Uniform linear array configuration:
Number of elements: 64
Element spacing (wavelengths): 0.5
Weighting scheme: exponential
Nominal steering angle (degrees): -45
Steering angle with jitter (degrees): -43.9
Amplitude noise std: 0.05
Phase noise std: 0.05

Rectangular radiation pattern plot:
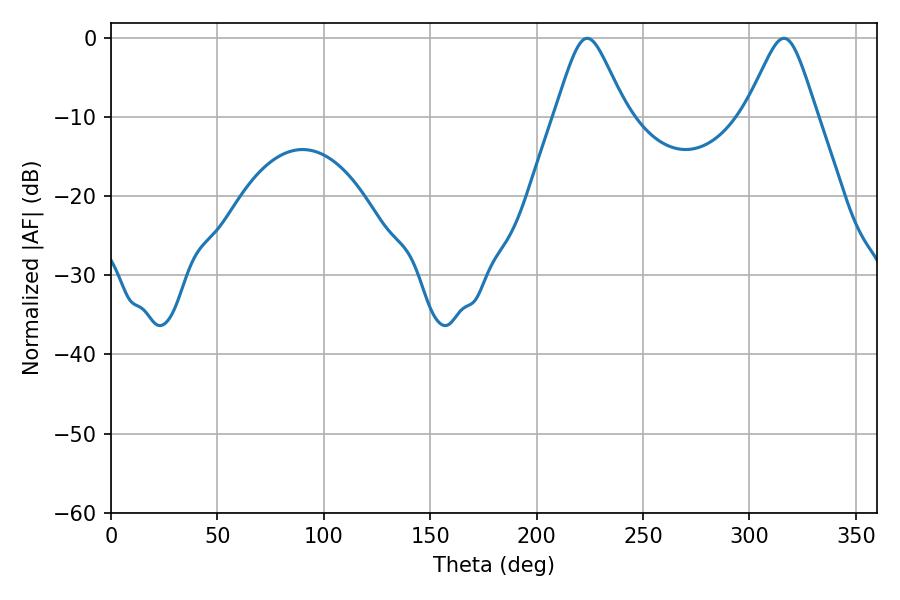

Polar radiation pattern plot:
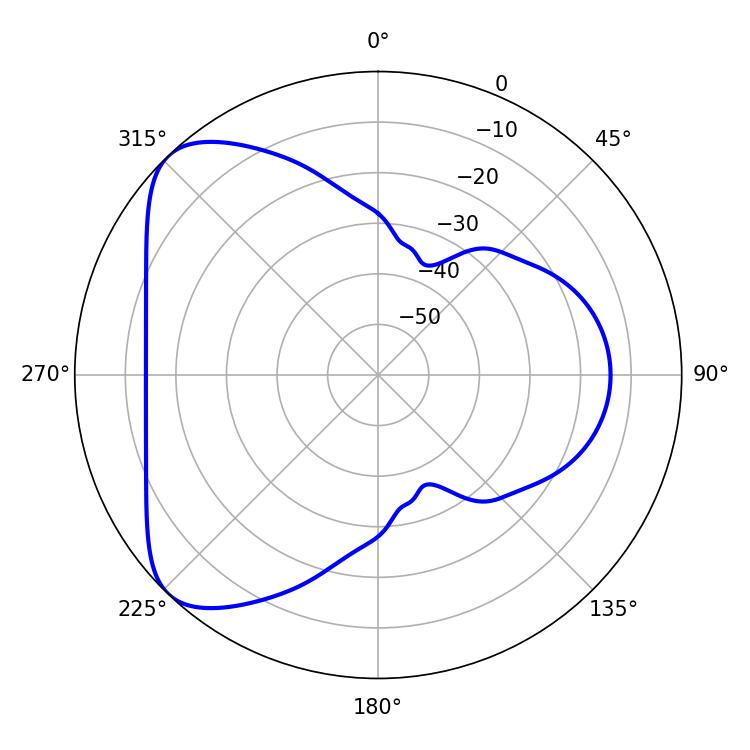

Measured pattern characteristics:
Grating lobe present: FALSE
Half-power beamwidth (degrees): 16.2
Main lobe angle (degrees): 223.74